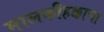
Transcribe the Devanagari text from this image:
मालकीहक्काचा